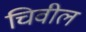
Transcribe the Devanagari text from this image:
चिवील